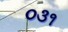
૦૩૧